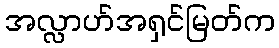
အလ္လာဟ်အရှင်မြတ်က